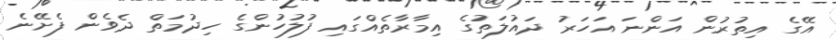
އޭގެ އިތުރުން އަންނަ އަހަރު ދައުލަތުގެ އިމާރާތެއްގައި ފުލުހުންގެ ހިދުމަތް ދެވެން ފެށޭނެ